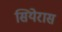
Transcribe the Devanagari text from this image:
सियेरास